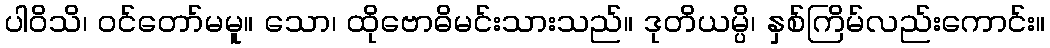
ပါဝိသိ၊ ဝင်တော်မမူ။ သော၊ ထိုဗောဓိမင်းသားသည်။ ဒုတိယမ္ပိ၊ နှစ်ကြိမ်လည်းကောင်း။